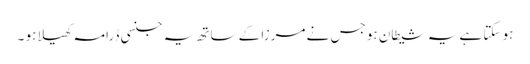
ہو سکتا ہے یہ شیطان ہو جس نے مرزا کے ساتھ یہ جنسی ڈرامہ کھیلا ہو ۔